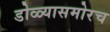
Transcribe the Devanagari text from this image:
डोळ्यासमोरच